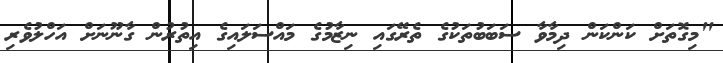
"މިގޮތަށް ކަންކަން ދިމާވާ ސަބަބުތަކުގެ ތެރޭގައި ނިޒާމުގެ މައްސަލައިގެ އިތުރުން ގާނޫނަށް އަހްލުވެރި